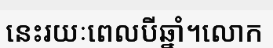
នេះរយៈពេលបីឆ្នាំ។លោក